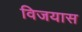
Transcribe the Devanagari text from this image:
विजयास